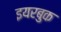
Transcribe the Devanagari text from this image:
इयरबुक